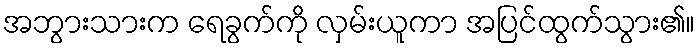
အဘွားသားက ရေခွက်ကို လှမ်းယူကာ အပြင်ထွက်သွား၏။